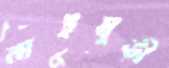
নাইমুড়ী